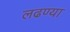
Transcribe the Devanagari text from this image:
लढण्या